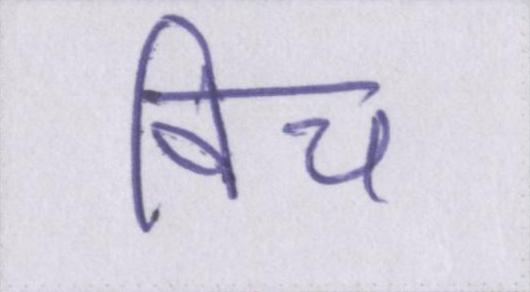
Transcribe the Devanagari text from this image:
विच